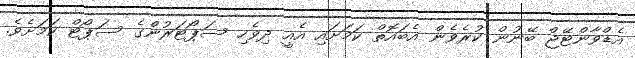
އެޑްވާންޓޭޖް ބޭނުން ކުރެވެން އެބައޮތް ކަމަށައި އެއީ ދިވެހި ސަޕޯޓަރުންގެ ސަޕޯޓް ކަމަށެވެ.